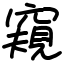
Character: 窺